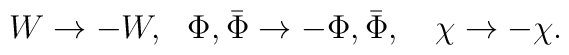
W \rightarrow - W, ~~ \Phi,\bar{\Phi}  \rightarrow - \Phi,\bar{\Phi},~~~ \chi \rightarrow -\chi.